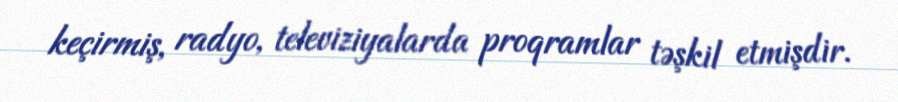
keçirmiş, radyo, televiziyalarda proqramlar təşkil etmişdir.